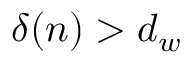
\delta ( n ) > d _ { w }